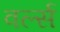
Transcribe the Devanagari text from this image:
वर्ल्स